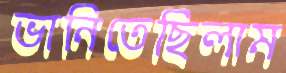
ভানিতেছিলাম